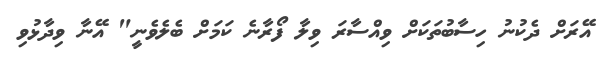
އޭރަށް ދެކުނު ހިސާބުތަކަށް ވިއްސާރަ ވިލާ ފޯރާނެ ކަމަށް ބެލެވެނީ" އޭނާ ވިދާޅުވި